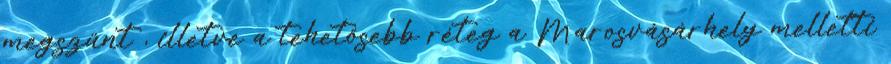
megszűnt , illetve a tehetősebb réteg a Marosvásárhely melletti